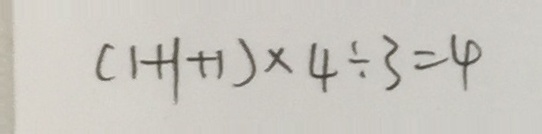
( 1 + 1 + 1 ) \times 4 \div 3 = 4